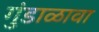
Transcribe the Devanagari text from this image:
गुंडाळावा